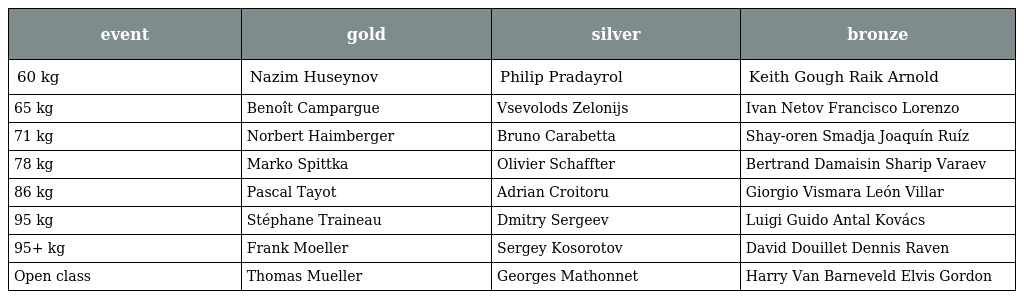
| event | gold | silver | bronze |
 | --- | --- | --- | --- |
 | 60 kg | Nazim Huseynov | Philip Pradayrol | Keith Gough Raik Arnold |
 | 65 kg | Benoît Campargue | Vsevolods Zelonijs | Ivan Netov Francisco Lorenzo |
 | 71 kg | Norbert Haimberger | Bruno Carabetta | Shay-oren Smadja Joaquín Ruíz |
 | 78 kg | Marko Spittka | Olivier Schaffter | Bertrand Damaisin Sharip Varaev |
 | 86 kg | Pascal Tayot | Adrian Croitoru | Giorgio Vismara León Villar |
 | 95 kg | Stéphane Traineau | Dmitry Sergeev | Luigi Guido Antal Kovács |
 | 95+ kg | Frank Moeller | Sergey Kosorotov | David Douillet Dennis Raven |
 | Open class | Thomas Mueller | Georges Mathonnet | Harry Van Barneveld Elvis Gordon |